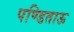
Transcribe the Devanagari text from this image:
पण्डिताऊ